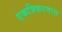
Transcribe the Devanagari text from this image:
एकत्रिकरणास